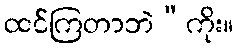
ထင်ကြတာဘဲ”ကိုး။